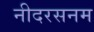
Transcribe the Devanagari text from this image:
नीदरसनम